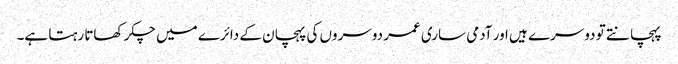
پہچانتے تو دوسرے ہیں اور آدمی ساری عمر دوسروں کی پہچان کے دائرے میں چکر کھاتا رہتا ہے۔